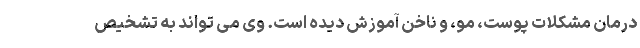
درمان مشکلات پوست، مو، و ناخن آموزش دیده است. وی می تواند به تشخیص